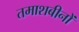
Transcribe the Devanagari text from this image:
तमाशबीनों